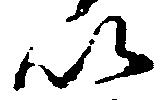
以